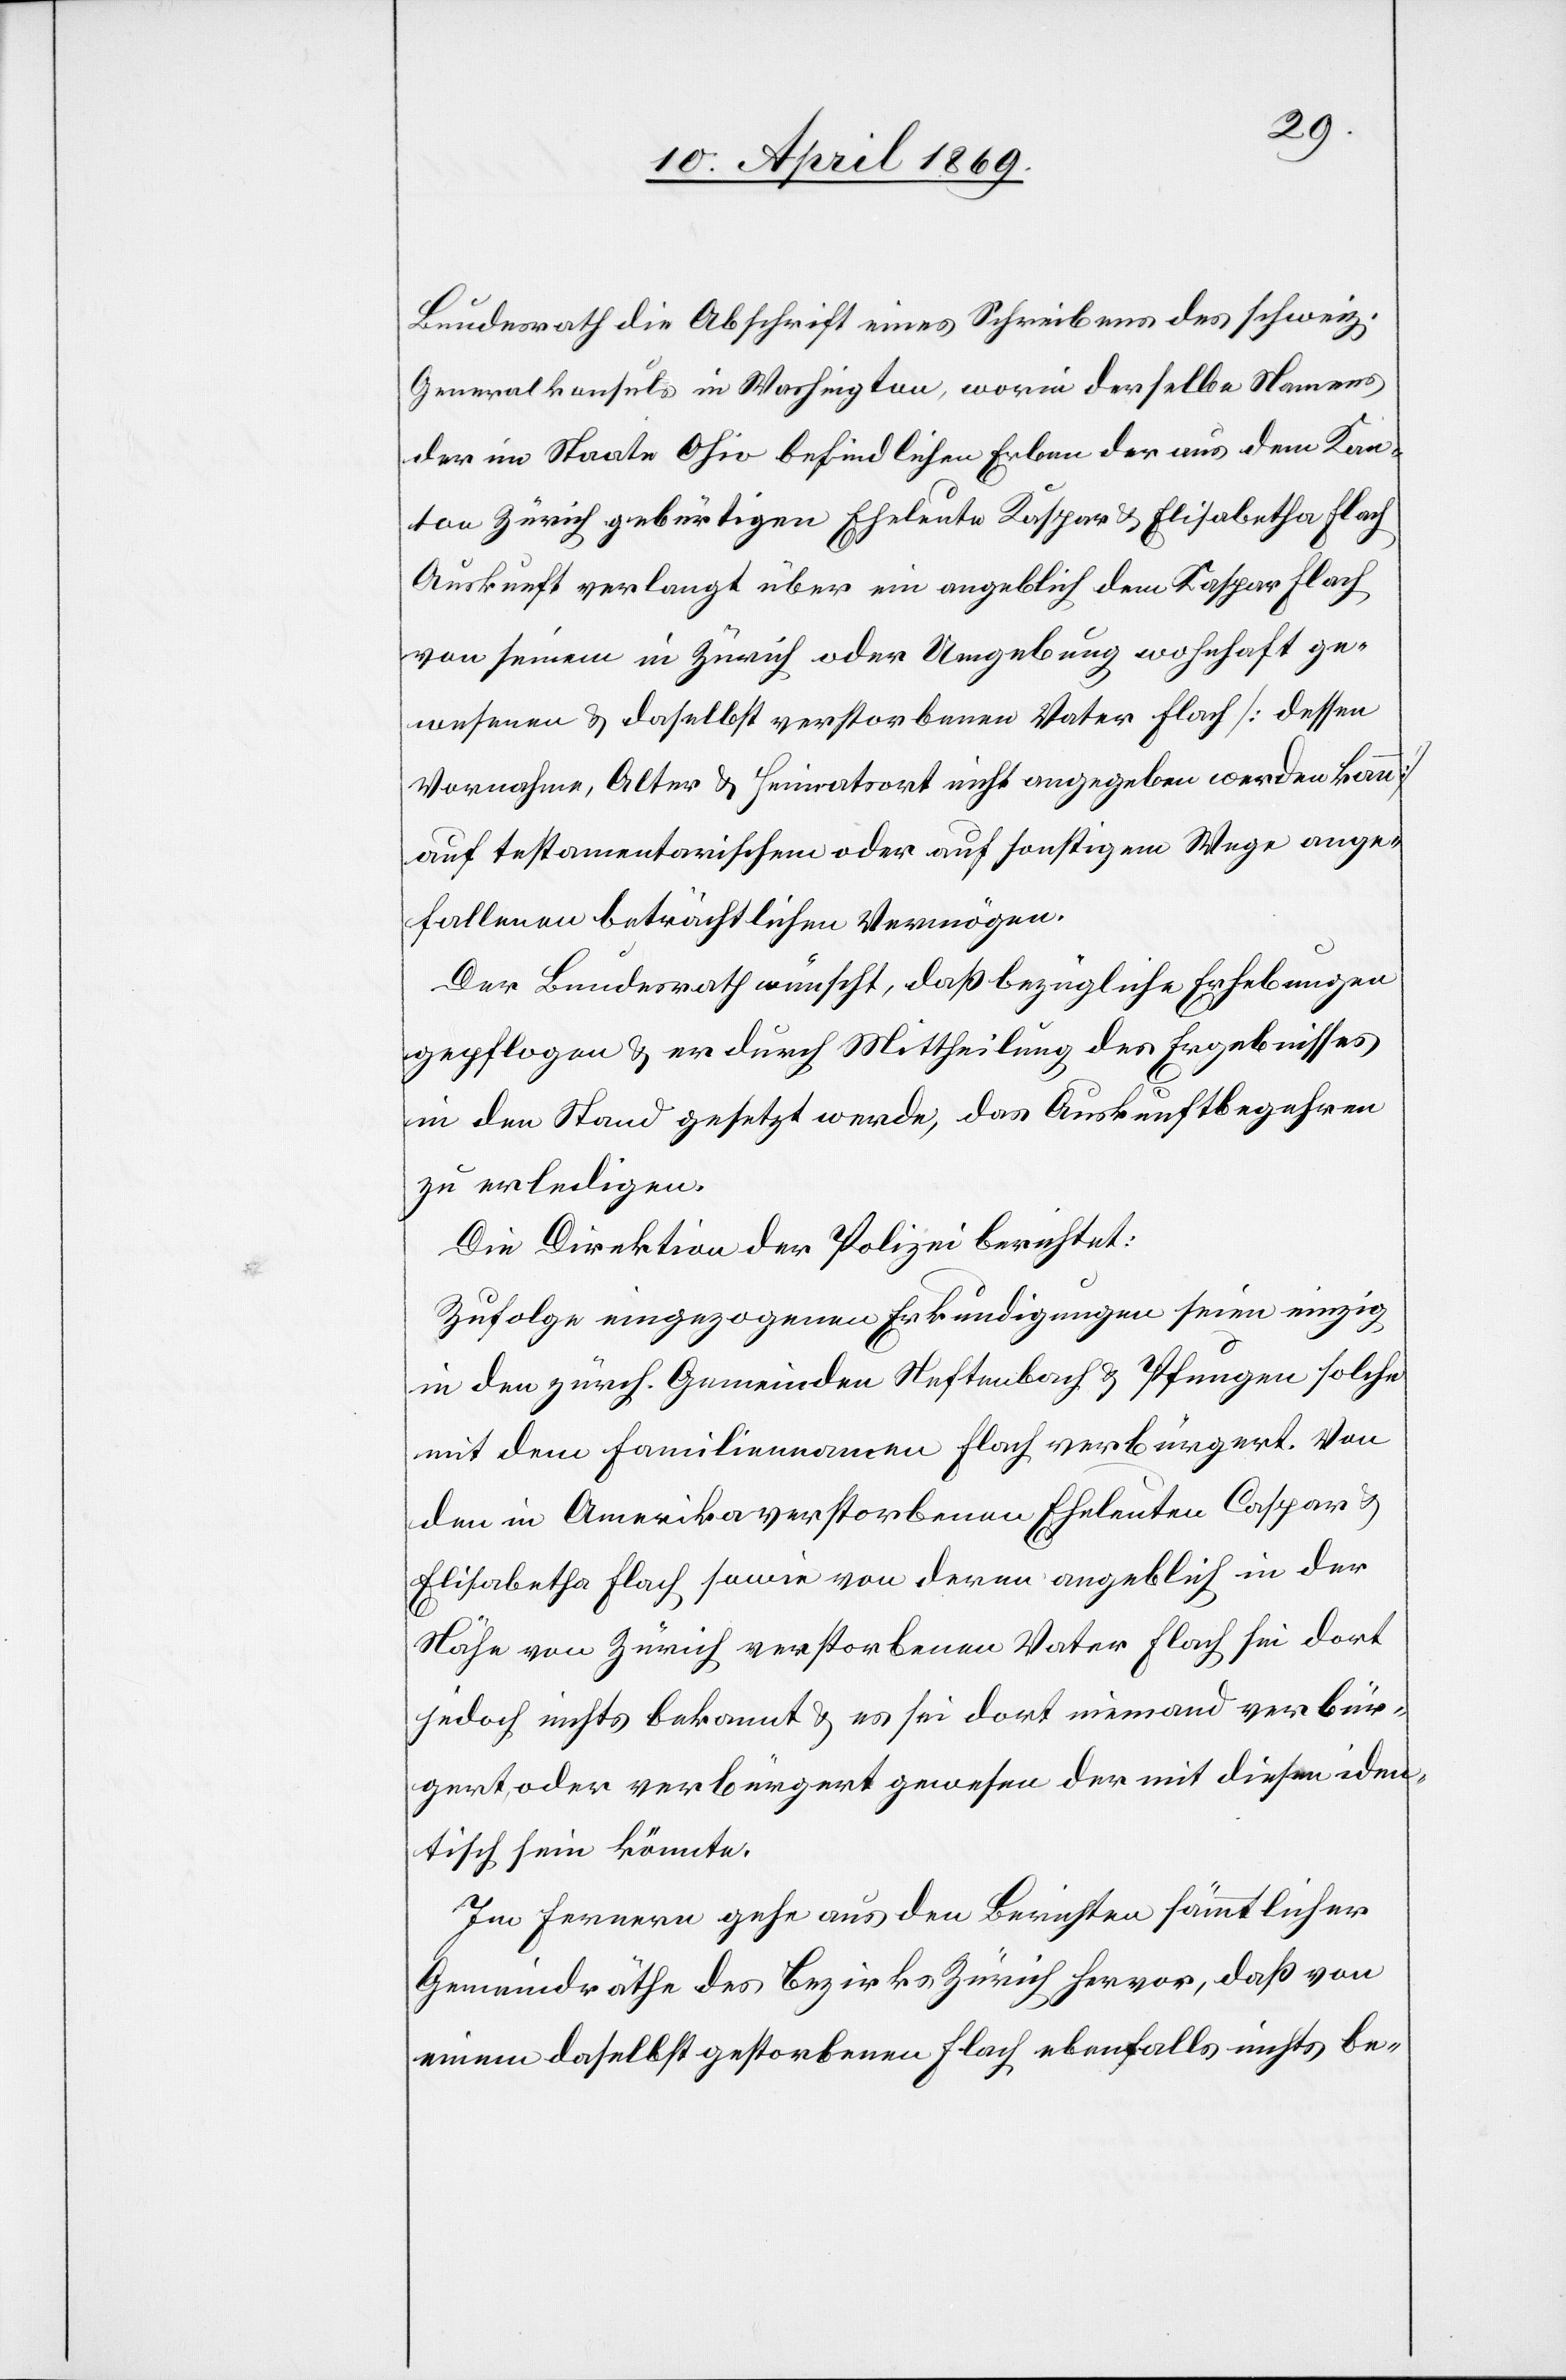
Bundesrath die Abschrift eines Schreibens des schweiz.
Generalkonsuls in Washington, worin derselbe Namens
der im Staate Ohio befindlichen Erben der aus dem Kan¬
ton Zürich gebürtigen Eheleute Kaspar u. Elisabetha Flach
Auskunft verlangt über ein angeblich dem Kaspar Flach
von seinem in Zürich oder Umgebung wohnhaft ge¬
wesenen u. daselbst verstorbenen Vater Flach [dessen
Vornahme, Alter u. Heimatort nicht angegeben werden kann]
auf testamentarischen oder auf sonstigem Wege ange¬
fallenen beträchtlichen Vermögen.
Der Bundesrath wünscht, daß bezügliche Erhebungen
gepflogen u. er durch Mittheilung des Ergebnisses
in den Stand gesetzt werde, das Auskunftsbegehren
zu erledigen.
Die Direktion der Polizei berichtet:
Zufolge eingezogenen Erkundigungen seien einzig
in den zürch. Gemeinden Neftenbach u. Pfungen solche
mit dem Familiennamen Flach verbürgert. Von
den in Amerika verstorbenen Eheleuten Caspar u.
Elisabetha Flach sowie von deren angeblich in der
Nähe von Zürich verstorbenen Vater Flach sei dort
jedoch nichts bekannt u. es sei dort niemand verbür¬
gert oder verbürgert gewesen der mit diesen iden¬
tisch sein könnte.
Im Fernern gehe aus den Berichten sämmtlicher
Gemeindräthe des Bezirks Zürich hervor, daß von
einem daselbst gestorbenen Flach ebenfalls nichts be-